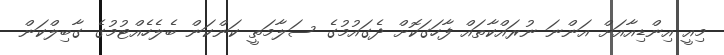
މިއީ އިންޑިއާއަށް އަންނަ ނުރައްކާތައް ފާހަގަކޮށް ދެގައުމުގެ ސަލާމަތީ ކަންކަން ބެލެހެއްޓުމުގެ ގާބިލްކަން